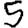
Digit: 5